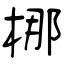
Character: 梛